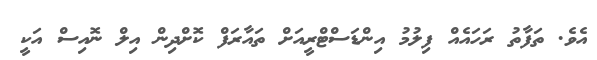
އެވެ. ތަފާތު ރަހައެއް ފިލުމު އިންޑަސްޓްރީއަށް ތައާރަފް ކޮށްދިން އިލް ނޮއިސް އަކީ